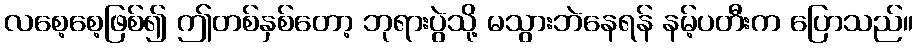
လစေ့စေ့ဖြစ်၍ ဤတစ်နှစ်တော့ ဘုရားပွဲသို့ မသွားဘဲနေရန် နမ့်ပတီးက ပြောသည်။